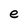
Character: e